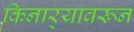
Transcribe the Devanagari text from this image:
किनार्‍यावरून